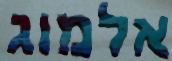
אלמוג